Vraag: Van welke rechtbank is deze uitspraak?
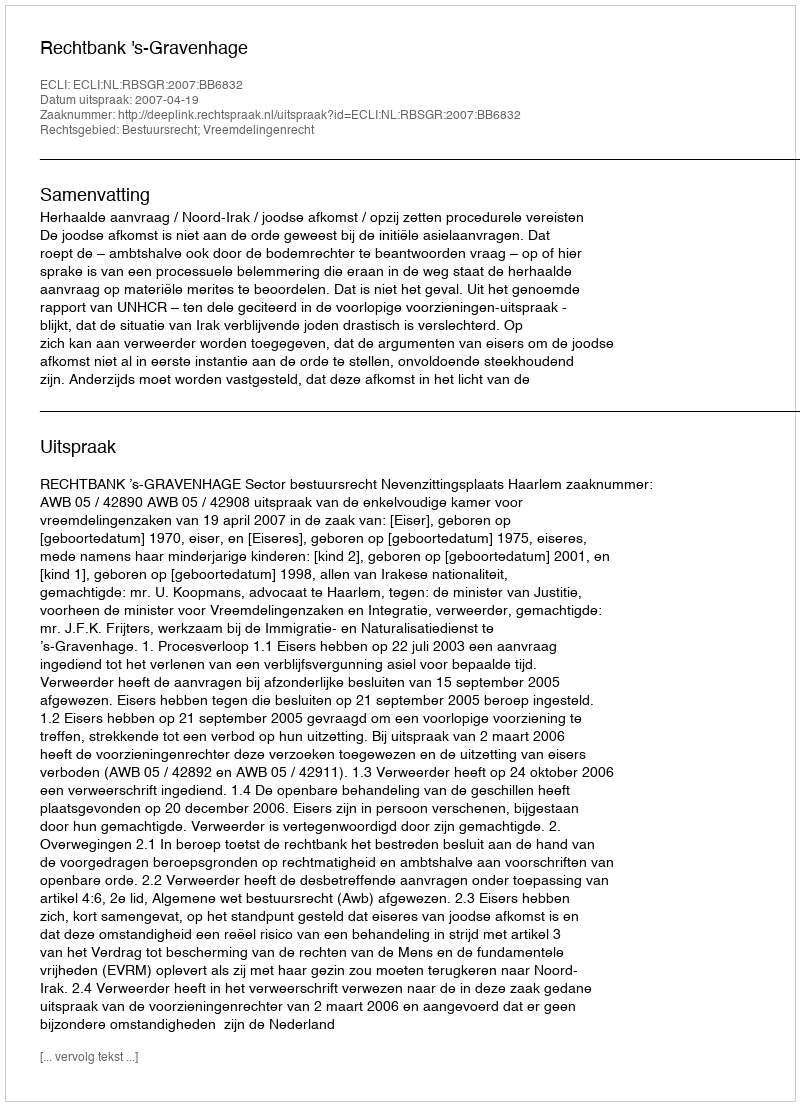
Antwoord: Rechtbank 's-Gravenhage